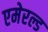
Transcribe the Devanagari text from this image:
एमेरल्ड